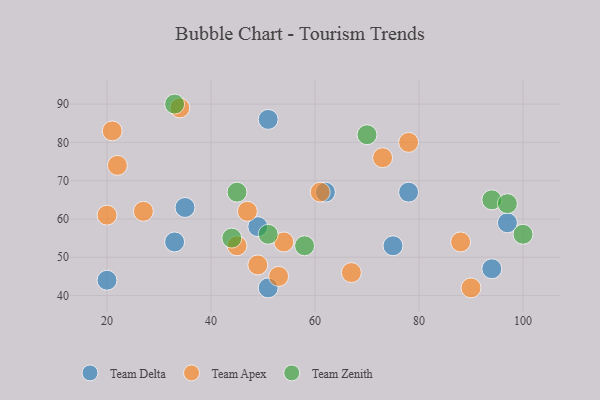
{"axis": {"x": "GDP", "y": "Life Expectancy"}, "legend": ["Team Apex", "Team Delta", "Team Zenith"], "data": [{"x": "97", "y": 59, "type": "Team Delta"}, {"x": "62", "y": 67, "type": "Team Delta"}, {"x": "78", "y": 67, "type": "Team Delta"}, {"x": "94", "y": 47, "type": "Team Delta"}, {"x": "20", "y": 44, "type": "Team Delta"}, {"x": "49", "y": 58, "type": "Team Delta"}, {"x": "51", "y": 42, "type": "Team Delta"}, {"x": "51", "y": 86, "type": "Team Delta"}, {"x": "35", "y": 63, "type": "Team Delta"}, {"x": "33", "y": 54, "type": "Team Delta"}, {"x": "75", "y": 53, "type": "Team Delta"}, {"x": "73", "y": 76, "type": "Team Apex"}, {"x": "53", "y": 45, "type": "Team Apex"}, {"x": "49", "y": 48, "type": "Team Apex"}, {"x": "88", "y": 54, "type": "Team Apex"}, {"x": "21", "y": 83, "type": "Team Apex"}, {"x": "78", "y": 80, "type": "Team Apex"}, {"x": "45", "y": 53, "type": "Team Apex"}, {"x": "22", "y": 74, "type": "Team Apex"}, {"x": "27", "y": 62, "type": "Team Apex"}, {"x": "67", "y": 46, "type": "Team Apex"}, {"x": "54", "y": 54, "type": "Team Apex"}, {"x": "47", "y": 62, "type": "Team Apex"}, {"x": "61", "y": 67, "type": "Team Apex"}, {"x": "20", "y": 61, "type": "Team Apex"}, {"x": "90", "y": 42, "type": "Team Apex"}, {"x": "34", "y": 89, "type": "Team Apex"}, {"x": "51", "y": 56, "type": "Team Zenith"}, {"x": "94", "y": 65, "type": "Team Zenith"}, {"x": "58", "y": 53, "type": "Team Zenith"}, {"x": "97", "y": 64, "type": "Team Zenith"}, {"x": "70", "y": 82, "type": "Team Zenith"}, {"x": "45", "y": 67, "type": "Team Zenith"}, {"x": "44", "y": 55, "type": "Team Zenith"}, {"x": "100", "y": 56, "type": "Team Zenith"}, {"x": "33", "y": 90, "type": "Team Zenith"}]}